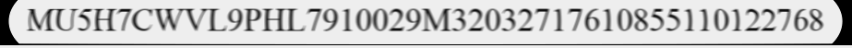
MU5H7CWVL9PHL7910029M32032717610855110122768